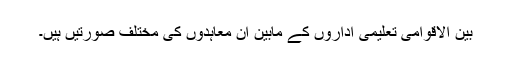
بین الاقوامی تعلیمی اداروں کے مابین ان معاہدوں کی مختلف صورتیں ہیں۔